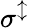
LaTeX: \sigma^{\updownarrow}